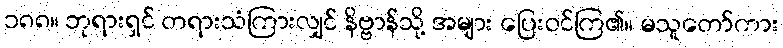
၁၈၈။ ဘုရားရှင် တရားသံကြားလျှင် နိဗ္ဗာန်သို့ အများ ပြေးဝင်ကြ၏။ မသူတော်ကား